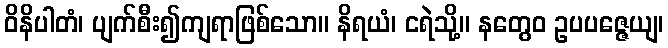
ဝိနိပါတံ၊ ပျက်စီး၍ကျရာဖြစ်သော။ နိရယံ၊ ငရဲသို့။ နတွေဝ ဥပပဇ္ဇေယျ၊